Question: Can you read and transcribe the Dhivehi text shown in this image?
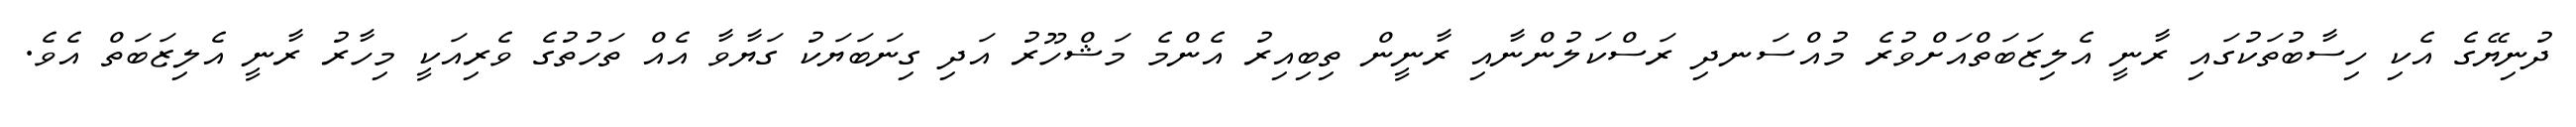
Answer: ދުނިޔޭގެ އެކި ހިސާބުތަކުގައި ރާނީ އެލިޒަބަތްއަށްވުރެ މުއްސަނދި ރަސްކަލުންނާއި ރާނީން ތިބިއިރު އެންމެ މަޝްހޫރު އަދި ގިނަބަޔަކު ގަޔާވާ އެއް ތަހުތުގެ ވެރިއަކީ މިހާރު ރާނީ އެލިޒަބަތް އެވެ.